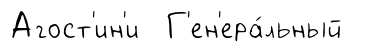
Агост'ин'и Г'ен'ера́льный